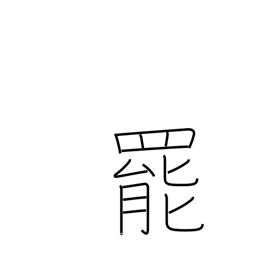
Meaning: quit